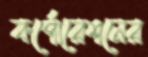
কর্পোরেশনের